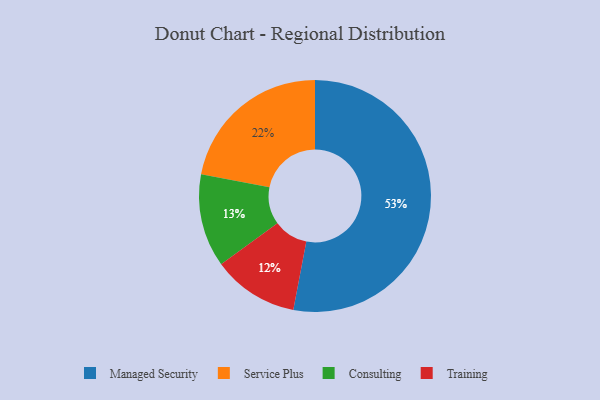
{"axis": {"x": "Category", "y": "Percentage"}, "legend": ["Consulting", "Managed Security", "Service Plus", "Training"], "data": [{"x": "Consulting", "y": 13, "type": "Consulting"}, {"x": "Managed Security", "y": 53, "type": "Managed Security"}, {"x": "Training", "y": 12, "type": "Training"}, {"x": "Service Plus", "y": 22, "type": "Service Plus"}]}